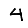
Digit: 4